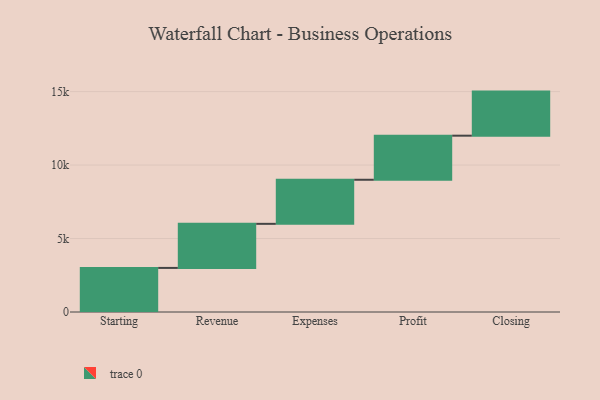
{"axis": {"x": "Step", "y": "Value"}, "legend": [""], "data": [{"x": "Starting", "y": 3000, "type": ""}, {"x": "Revenue", "y": 3000, "type": ""}, {"x": "Expenses", "y": 3000, "type": ""}, {"x": "Profit", "y": 3000, "type": ""}, {"x": "Closing", "y": 3000, "type": ""}]}